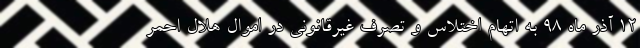
۱۲ آذر ماه ۹۸ به اتهام اختلاس و تصرف غیرقانونی در اموال هلال‌ احمر